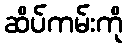
ဆိပ်ကမ်းကို